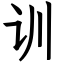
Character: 训